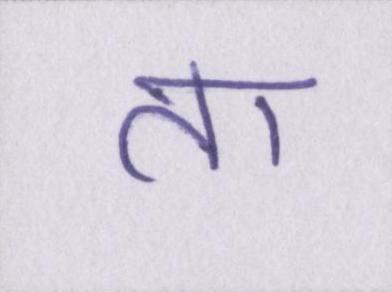
ता